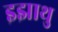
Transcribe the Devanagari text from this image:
इझाथु